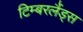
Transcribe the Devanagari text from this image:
टिम्बरलैंड्स